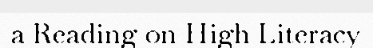
a Reading on High Literacy